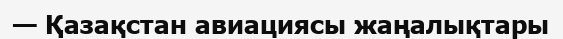
— Қазақстан авиациясы жаңалықтары